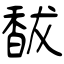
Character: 馛